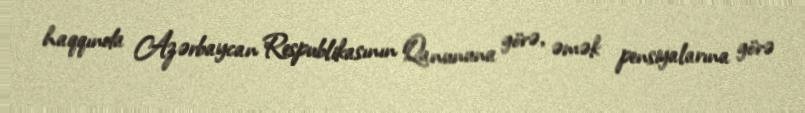
haqqında Azərbaycan Respublikasının Qanununa görə, əmək pensiyalarına görə